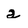
Character: a